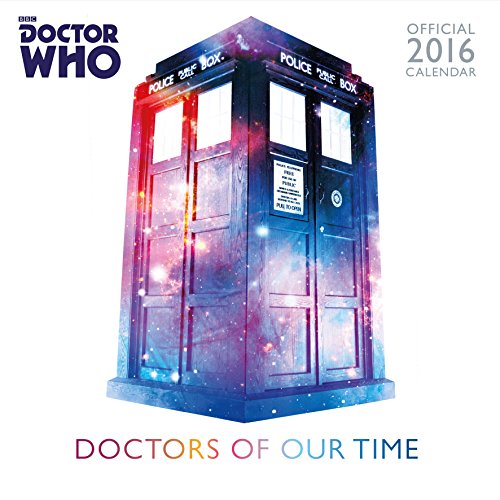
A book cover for The Official Doctor Who Classic Edition 2016 Square Calendar; Calendars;